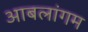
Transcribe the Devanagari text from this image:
आबलांगम